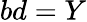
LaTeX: bd=Y